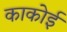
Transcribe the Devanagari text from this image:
काकोई